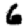
Digit: 6